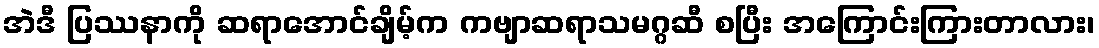
အဲဒီ ပြဿနာကို ဆရာအောင်ချိမ့်က ကဗျာဆရာသမဂ္ဂဆီ စပြီး အကြောင်းကြားတာလား၊